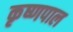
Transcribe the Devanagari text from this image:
कृष्णपाल